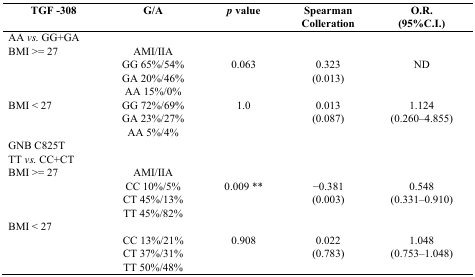
<table><thead><tr><td><b>TGF -308</b></td><td><b>G/A</b></td><td><b><i>p</i> value</b></td><td><b>Spearman Colleration</b></td><td><b>O.R. (95%C.I.)</b></td></tr></thead><tbody><tr><td colspan="5">AA <i>vs.</i> GG+GA</td></tr><tr><td>BMI &gt;= 27</td><td>AMI/IIA</td><td></td><td></td><td></td></tr><tr><td></td><td>GG 65%/54%</td><td rowspan="3">0.063</td><td rowspan="3">0.323 (0.013)</td><td rowspan="3">ND</td></tr><tr><td></td><td>GA 20%/46%</td></tr><tr><td></td><td>AA 15%/0%</td></tr><tr><td>BMI &lt; 27</td><td>GG 72%/69%</td><td rowspan="3">1.0</td><td rowspan="3">0.013 (0.087)</td><td rowspan="3">1.124 (0.260–4.855)</td></tr><tr><td></td><td>GA 23%/27%</td></tr><tr><td></td><td>AA 5%/4%</td></tr><tr><td colspan="5">GNB C825T</td></tr><tr><td colspan="5">TT <i>vs.</i> CC+CT</td></tr><tr><td>BMI &gt;= 27</td><td>AMI/IIA</td><td></td><td></td><td></td></tr><tr><td></td><td>CC 10%/5%</td><td rowspan="3">0.009 **</td><td rowspan="3">−0.381 (0.003)</td><td rowspan="3">0.548 (0.331–0.910)</td></tr><tr><td></td><td>CT 45%/13%</td></tr><tr><td></td><td>TT 45%/82%</td></tr><tr><td colspan="5">BMI &lt; 27</td></tr><tr><td></td><td>CC 13%/21%</td><td rowspan="3">0.908</td><td rowspan="3">0.022 (0.783)</td><td rowspan="3">1.048 (0.753–1.048)</td></tr><tr><td></td><td>CT 37%/31%</td></tr><tr><td></td><td>TT 50%/48%</td></tr></tbody></table>